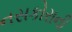
નસકોરાની